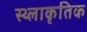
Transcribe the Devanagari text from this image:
स्थ्लाकृतिक